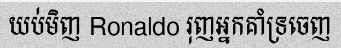
យប់មិញ Ronaldo រុញអ្នកគាំទ្រចេញ